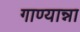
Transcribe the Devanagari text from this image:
गाण्यान्ना